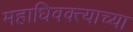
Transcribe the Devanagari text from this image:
महाधिवक्त्याच्या